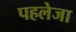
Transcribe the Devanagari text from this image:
पहलेजा